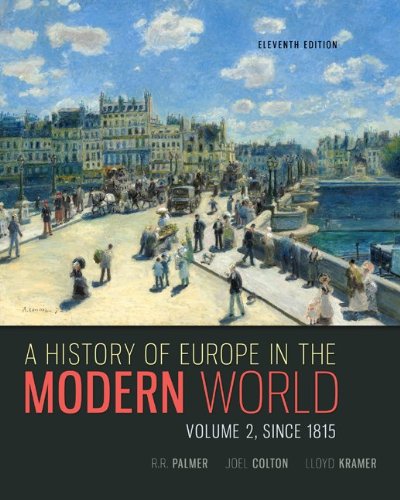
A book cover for A History of Europe in the Modern World, Volume 2; R. R. Palmer; Crafts, Hobbies & Home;